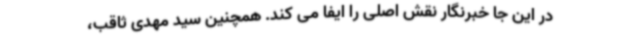
در این جا خبرنگار نقش اصلی را ایفا می کند. همچنین سید مهدی ثاقب،